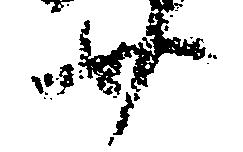
廿